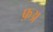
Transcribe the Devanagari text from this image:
फ़अ